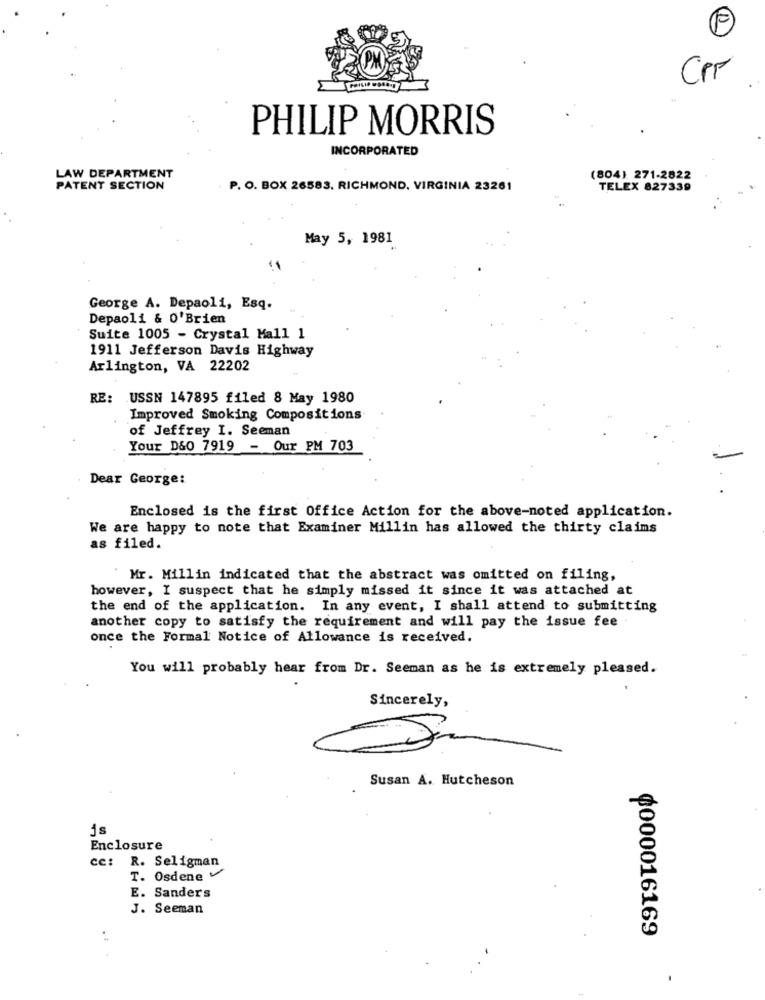
Cpr
PHILIP MORRIS
INCORPORATED
LAW DEPARTMENT
(804) 271-2822
PATENT SECTION
P. O. BOX 26583. RICHMOND, VIRGINIA 23261
TELEX 827339
May 5, 1981
George A. Depaoli, Esq.
Depaoli & O'Brien
Suite 1005 - Crystal Mall 1
1911 Jefferson Davis Highway
Arlington, VA 22202
RE: USSN 147895 filed 8 May 1980
Improved Smoking Compositions
of Jeffrey I. Seeman
Your D&O 7919 - Our PM 703
Dear George:
Enclosed is the first Office Action for the above-noted application.
We are happy to note that Examiner Millin has allowed the thirty claims
as filed.
Mr. Millin indicated that the abstract was omitted on filing,
however, I suspect that he simply missed it since it was attached at
the end of the application. In any event, I shall attend to submitting
another copy to satisfy the requirement and will pay the issue fee
once the Formal Notice of Allowance is received.
You will probably hear from Dr. Seeman as he is extremely pleased.
Sincerely,
Susan A. Hutcheson
js
Enclosure
cc: R. Seligman
T. Osdene
E. Sanders
J. Seeman
¢000016169
. :